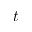
t